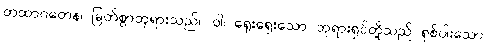
တထာဂတေန၊ မြတ်စွာဘုရားသည်။ ဝါ၊ ရှေးရှေးသော ဘုရားရှင်တို့သည် ရှစ်ပါးသော